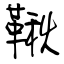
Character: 鞦